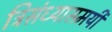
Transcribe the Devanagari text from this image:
त्रिसंध्यासमयी